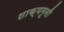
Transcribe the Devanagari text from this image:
शाक्यमूनी